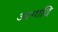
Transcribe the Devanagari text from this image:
आगादि